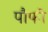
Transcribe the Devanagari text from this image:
पौफी